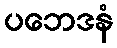
ပဘေဒနံ